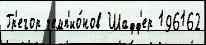
Гр'егор чемп'ио́нов Шафф'ер 196162